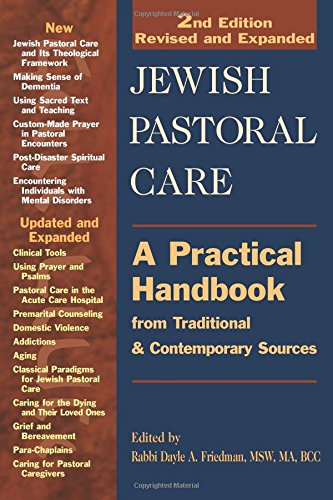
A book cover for Jewish Pastoral Care: A Practical Handbook from Traditional & Contemporary Sources; Christian Books & Bibles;